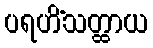
ပရဟိံသတ္ထာယ